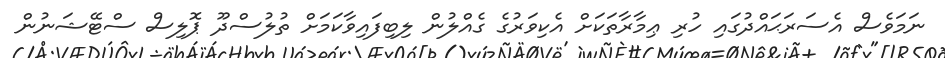
ނަމަވެސް އެސަރަޙައްދުގައި ހުރި ޢިމާރާތަކަށް އެކިވަރުގެ ގެއްލުން ލިބިފައިވާކަމަށް ތުލުސްދޫ ޕޮލިސް ސްޓޭޝަނުން